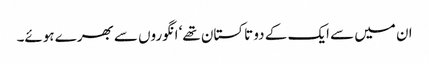
ان میں سے ایک کے دو تاکستان تھے‘ انگوروں سے بھرے ہوئے۔